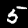
Digit: 5